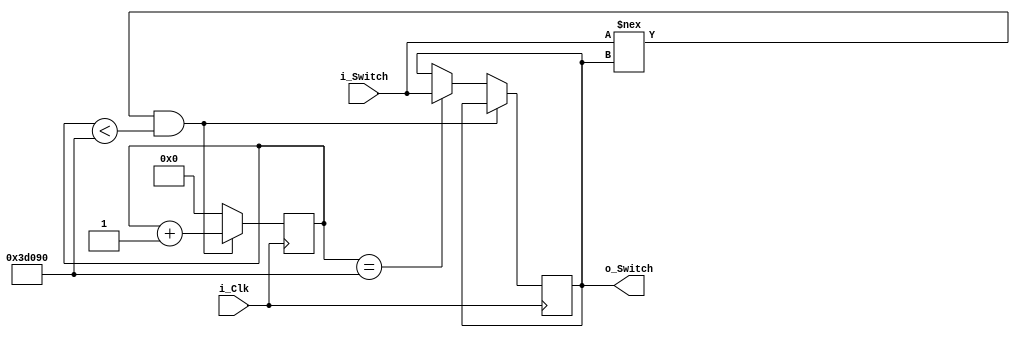
module Debounce_Switch (
	input i_Clk,
	input i_Switch,			// Sygna, ktry chcemy zdebansowa
	output o_Switch);		// Sygna zdebansowany	
	
	reg r_State = 1'b0;			// Przefiltrowana zmienna
	reg [17:0] r_Count = 0;		// 18 bitowa zmienna, do zliczania max do 262144
	
	// Staa 
	parameter c_DEBOUNCE_LIMIT = 250000; // 10ms at 25MHz
	
	
	always @(posedge i_Clk)
	begin
		// Dla tego ifa nie dajemy begin i end, bo polecenie jest w  tylko 1 linijce
		// Jeli zmieni akutalnie przycisk ma inn warto ni zapisany w rejestrze r_State
		// oraz upyneo mniej ni 10ms, to czekaj (r_Count+1)
		if(i_Switch !== r_State && r_Count < c_DEBOUNCE_LIMIT)
			r_Count <= r_Count + 1;		// Counter, 
			
			
		// Jesli upyn czas, to zapisz aktualny stan przycisku do r_State	
		else if(r_Count == c_DEBOUNCE_LIMIT)
			begin
			r_Count <= 0;
			r_State <= i_Switch;
			 end
			
		// Zeruj licznik	
		else
			r_Count <= 0;
	
	end
	
	assign o_Switch = r_State;
endmodule // Debounce_Switch